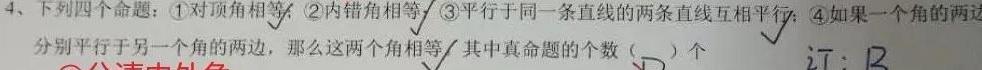
4、下列四个命题：\textcircled{1}对顶角相等；\textcircled{2}内错角相等；\textcircled{3}平行于同一条直线的两条直线互相平行；\textcircled{4}如果一个角的两边分别平行于另一个角的两边，那么这两个角相等；其中真命题的个数（  ）个。$\underline{\surd}$ 订：$B$